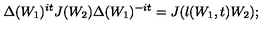
\Delta ( W _ { 1 } ) ^ { i t } J ( W _ { 2 } ) \Delta ( W _ { 1 } ) ^ { - i t } = J ( \l ( W _ { 1 } , t ) W _ { 2 } ) ;